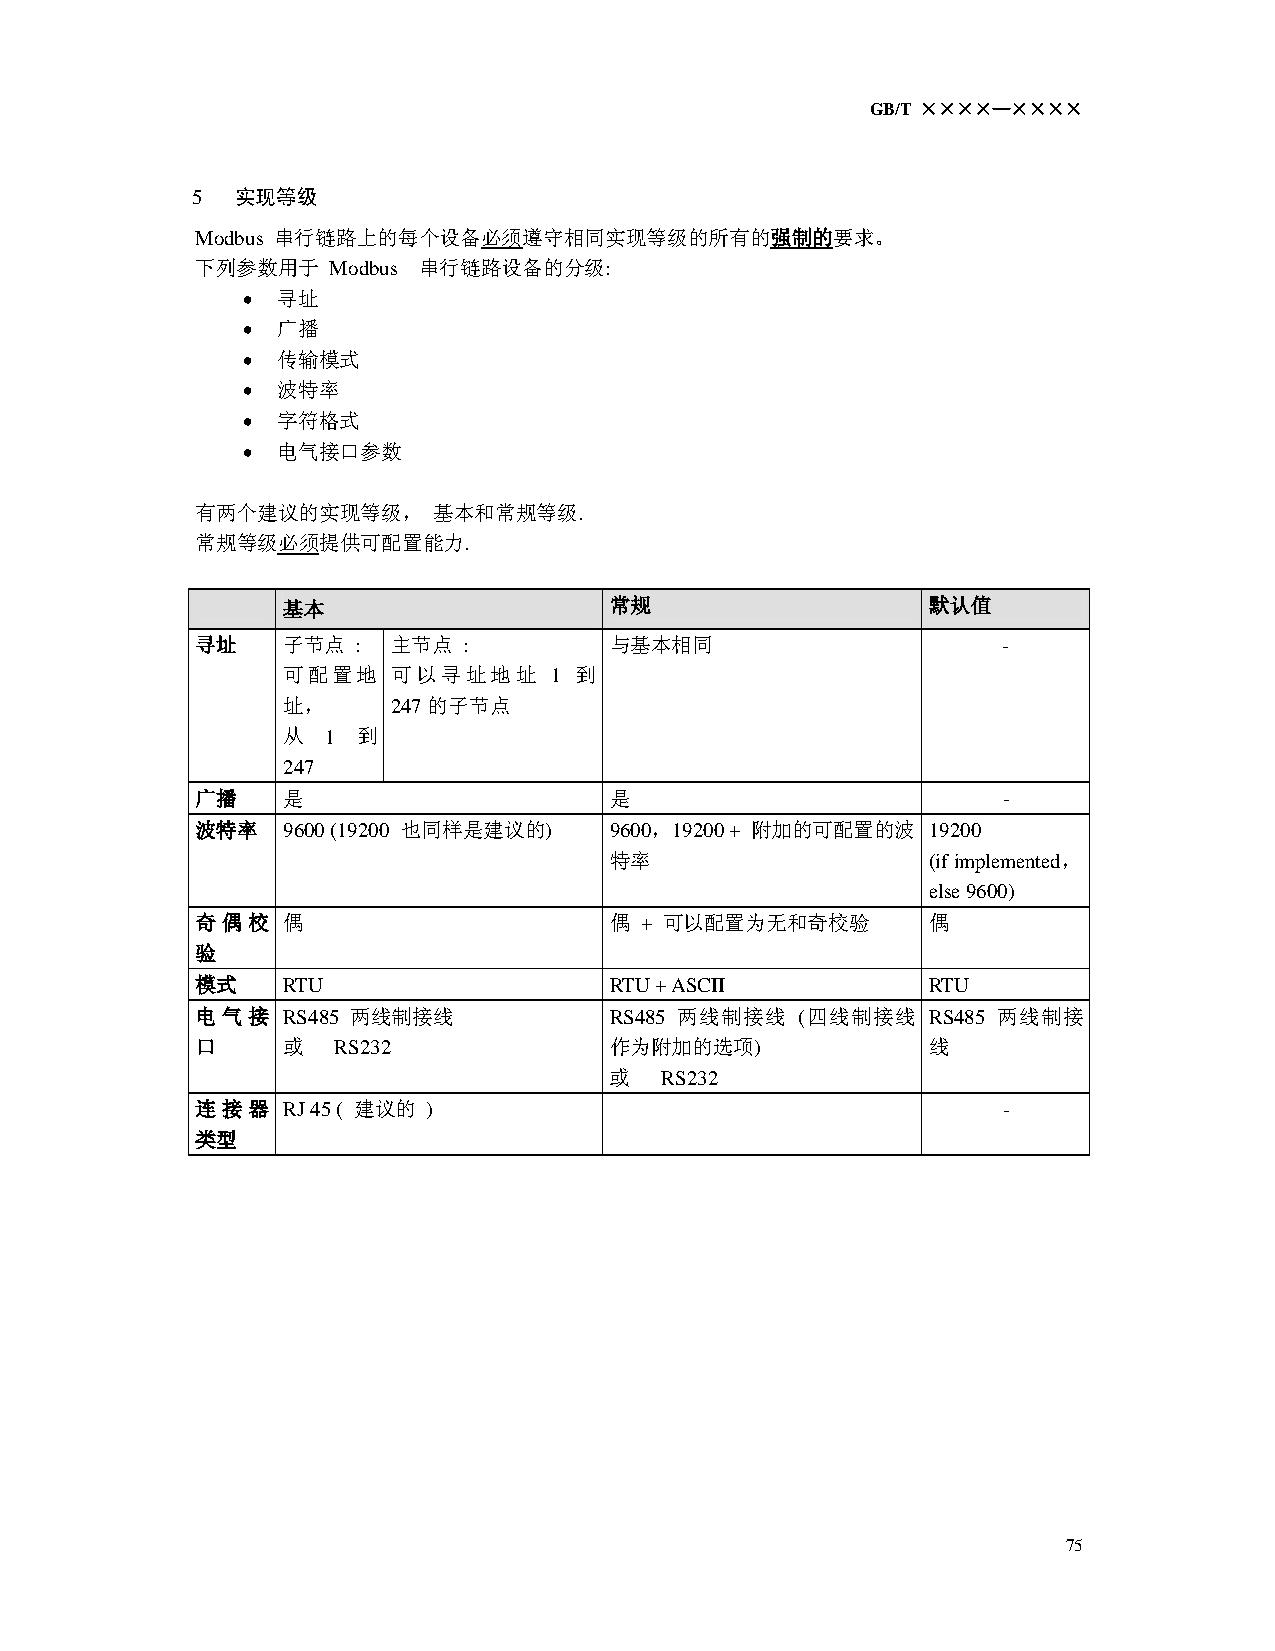
GB/T ××××—××××
 5  实现等级
 Modbus 串行链路上的每个设备必须遵守相同实现等级的所有的强制的要求。
 下列参数用于  Modbus 串行链路设备的分级:
 • 寻址
 • 广播
 • 传输模式
 • 波特率
 • 字符格式
 • 电气接口参数
 有两个建议的实现等级，     基本和常规等级.
 常规等级必须提供可配置能力.
 基本                   常规                   默认值
 寻址    子节点 :  主节点 :         与基本相同                     -
 可配置地   可以寻址地址    1 到
 址，     247的子节点
 从  1 到
 247
 广播    是                    是                         -
 波特率   9600 (19200 也同样是建议的) 9600， 19200 + 附加的可配置的波 19200
 特率                   (if implemented，
 else 9600)
 奇偶校   偶                    偶 + 可以配置为无和奇校验       偶
 验
 模式    RTU                  RTU + ASCII          RTU
 电气接   RS485 两线制接线          RS485 两线制接线  (四线制接线  RS485 两线制接
 口     或 RS232              作为附加的选项)             线
 或  RS232
 连接器   RJ 45 ( 建议的 )                                  -
 类型
 75